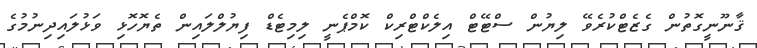
ޤާނޫނީގޮތުން ގެޒެޓްކުރެވޭ ލިޔުން ސްޓޭޓް އިލެކްޓްރިކް ކޮމްޕެނީ ލިމިޓެޑް ފިޔުލްލައިން ތެޔޮހޮޅި ވަޅުލައިދިނުމުގެ